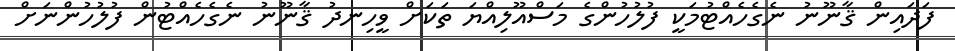
ފަދައިން ޤާނޫނު ނެގެހެއްޓުމަކީ ފުލުހުންގެ މަސްއޫލިއްޔަ ތަކަށް ވީހިނދު ޤާނޫނު ނެގެހެއްޓުން ފުލުހުންނަށް